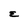
Character: E